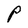
Character: P